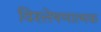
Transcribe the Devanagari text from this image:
विश्‍लेषणात्‍मक